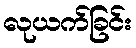
လုယက်ခြင်း